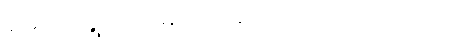
မောင်ရွှေဝါက မျက်မှောင်ကြုတ်လိုက်သည်။